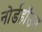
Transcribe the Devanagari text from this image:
नोर्डहॉउस